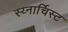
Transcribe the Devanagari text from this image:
स्य्नार्चिस्ट